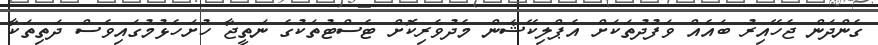
ގެންދަން ޖެހޭއިރު ބައެއް ވަފުދުތަކަށް އެޕްލިކޭޝަން މެދުވެރިކޮށް ޓެސްޓުތަކުގެ ނަތީޖާ ހުށަހެޅުމުގައިވެސް ދަތިތަކާ